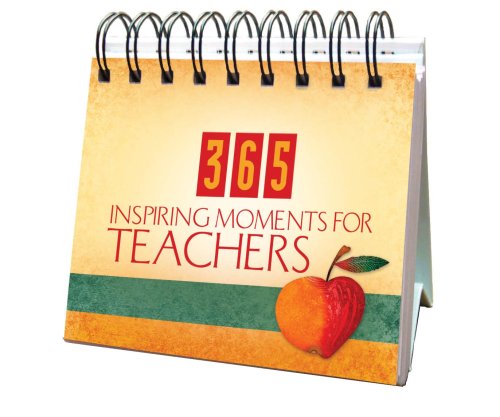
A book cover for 365 Inspiring Moments For Teachers (365 Perpetual Calendars); Barbour Publishing; Calendars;